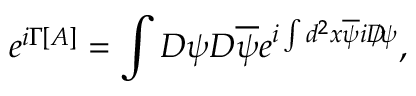
e ^ { i \Gamma [ A ] } = \int { \cal D } \psi { \cal D } \overline { { \psi } } e ^ { i \int d ^ { 2 } x \overline { { \psi } } i D \! \! \! / \psi } ,